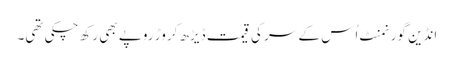
انڈین گورنمنٹ اُس کے سر کی قیمت ڈیڑھ کروڑ روپے بھی رکھ چکی تھی۔